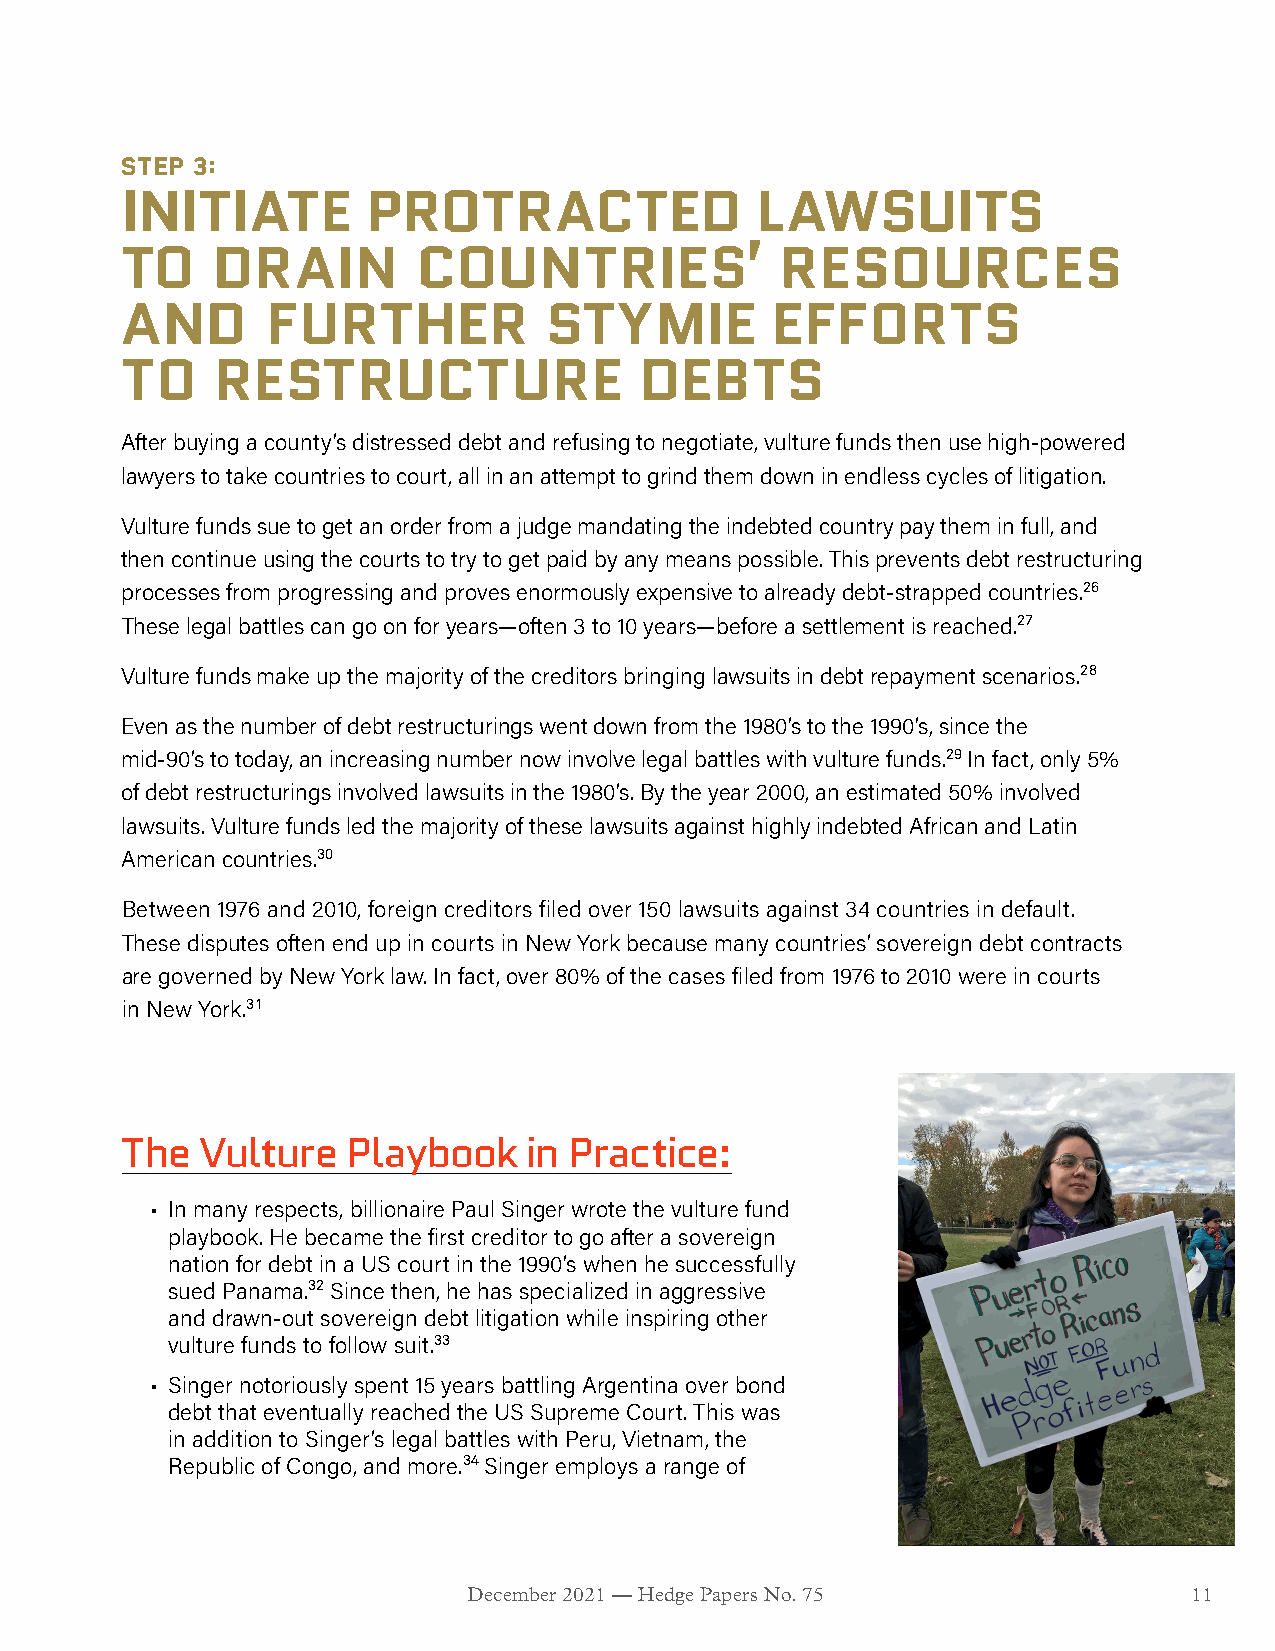
STEP 3:
 INITIATE        PROTRACTED                LAWSUITS
 TO    DRAIN         COUNTRIES’              RESOURCES
 AND       FURTHER           STYMIE         EFFORTS
 TO    RESTRUCTURE                 DEBTS
 After buying a county’s distressed debt and refusing to negotiate, vulture funds then use high-powered
 lawyers to take countries to court, all in an attempt to grind them down in endless cycles of litigation.
 Vulture funds sue to get an order from a judge mandating the indebted country pay them in full, and
 then continue using the courts to try to get paid by any means possible. This prevents debt restructuring
 processes from progressing and proves enormously expensive to already debt-strapped countries.26
 These legal battles can go on for years—often 3 to 10 years—before a settlement is reached.27
 Vulture funds make up the majority of the creditors bringing lawsuits in debt repayment scenarios.28
 Even as the number of debt restructurings went down from the 1980’s to the 1990’s, since the
 mid-90’s to today, an increasing number now involve legal battles with vulture funds.29 In fact, only 5%
 of debt restructurings involved lawsuits in the 1980’s. By the year 2000, an estimated 50% involved
 lawsuits. Vulture funds led the majority of these lawsuits against highly indebted African and Latin
 American countries.30
 Between 1976 and 2010, foreign creditors filed over 150 lawsuits against 34 countries in default.
 These disputes often end up in courts in New York because many countries’ sovereign debt contracts
 are governed by New York law. In fact, over 80% of the cases filed from 1976 to 2010 were in courts
 in New York.31
 The  Vulture   Playbook    in Practice:
 • In many respects, billionaire Paul Singer wrote the vulture fund
 playbook. He became the first creditor to go after a sovereign
 nation for debt in a US court in the 1990’s when he successfully
 sued Panama.32 Since then, he has specialized in aggressive
 and drawn-out sovereign debt litigation while inspiring other
 vulture funds to follow suit.33
 • Singer notoriously spent 15 years battling Argentina over bond
 debt that eventually reached the US Supreme Court. This was
 in addition to Singer’s legal battles with Peru, Vietnam, the
 Republic of Congo, and more.34 Singer employs a range of
 December 2021 — Hedge Papers No. 75             11